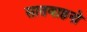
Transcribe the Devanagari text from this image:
सातवाहनो